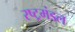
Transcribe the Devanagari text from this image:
रष्ट्रमंडल